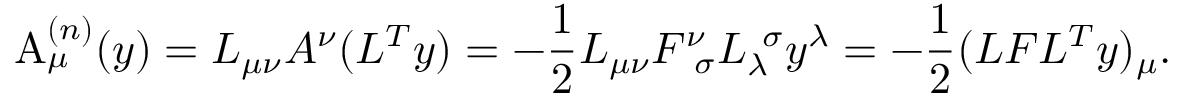
\mathrm { A } _ { \mu } ^ { ( n ) } ( y ) = { \cal L } _ { \mu \nu } A ^ { \nu } ( { \cal L } ^ { T } y ) = - \frac { 1 } { 2 } { \cal L } _ { \mu \nu } F _ { \ \sigma } ^ { \nu } { \cal L } _ { \lambda } ^ { \ \sigma } y ^ { \lambda } = - \frac { 1 } { 2 } ( { \cal L } F { \cal L } ^ { T } y ) _ { \mu } .